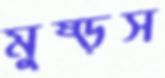
মুষ্‌ড়স